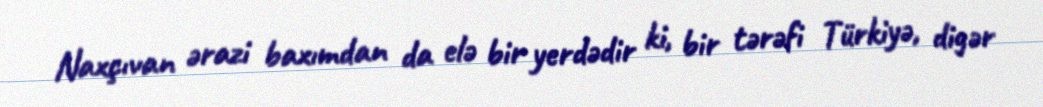
Naxçıvan ərazi baxımdan da elə bir yerdədir ki, bir tərəfi Türkiyə, digər